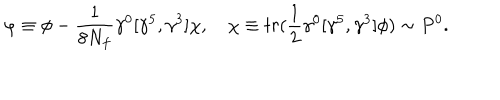
\varphi \equiv \phi - { \frac { 1 } { 8 N _ { f } } } \gamma ^ { 0 } [ \gamma ^ { 5 } , \gamma ^ { 3 } ] \chi , \quad \chi \equiv t r ( { \frac { 1 } { 2 } } \gamma ^ { 0 } [ \gamma ^ { 5 } , \gamma ^ { 3 } ] \phi ) \sim P ^ { 0 } .